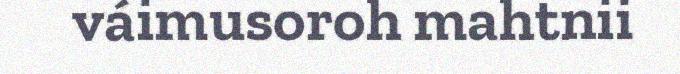
váimusoroh mahtnii